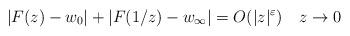
LaTeX: \begin{align*}|F(z) - w_0| + |F(1/z)-w_\infty| = O(|z|^\varepsilon) \quad z \to 0\end{align*}